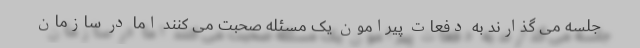
جلسه می گذارند به دفعات پیرامون یک مسئله صحبت می کنند اما در سازمان